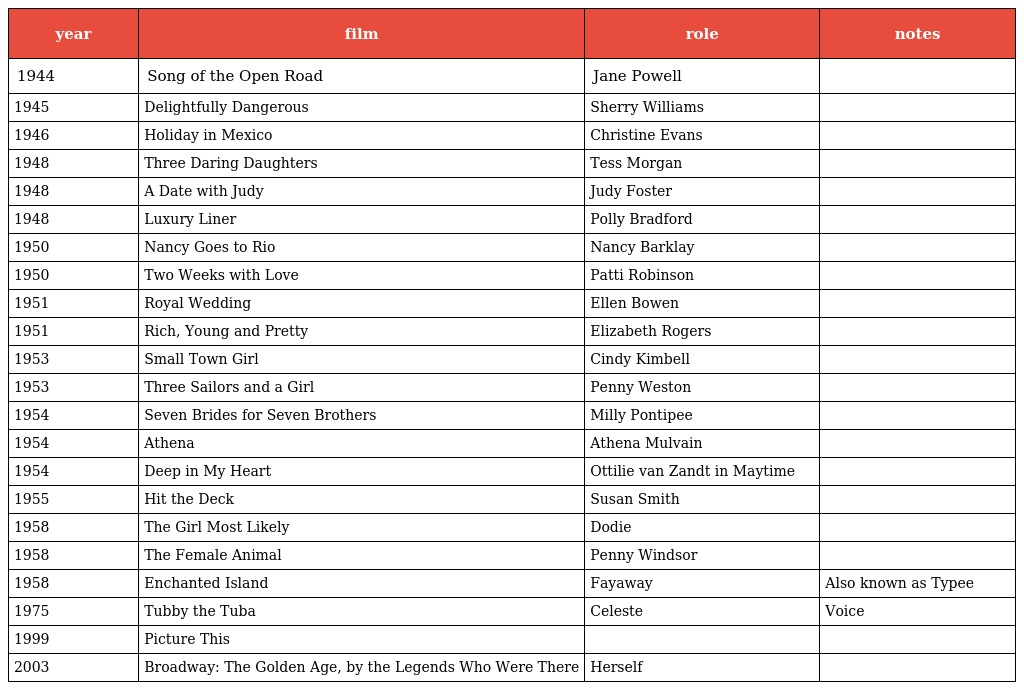
| year | film | role | notes |
 | --- | --- | --- | --- |
 | 1944 | Song of the Open Road | Jane Powell |  |
 | 1945 | Delightfully Dangerous | Sherry Williams |  |
 | 1946 | Holiday in Mexico | Christine Evans |  |
 | 1948 | Three Daring Daughters | Tess Morgan |  |
 | 1948 | A Date with Judy | Judy Foster |  |
 | 1948 | Luxury Liner | Polly Bradford |  |
 | 1950 | Nancy Goes to Rio | Nancy Barklay |  |
 | 1950 | Two Weeks with Love | Patti Robinson |  |
 | 1951 | Royal Wedding | Ellen Bowen |  |
 | 1951 | Rich, Young and Pretty | Elizabeth Rogers |  |
 | 1953 | Small Town Girl | Cindy Kimbell |  |
 | 1953 | Three Sailors and a Girl | Penny Weston |  |
 | 1954 | Seven Brides for Seven Brothers | Milly Pontipee |  |
 | 1954 | Athena | Athena Mulvain |  |
 | 1954 | Deep in My Heart | Ottilie van Zandt in Maytime |  |
 | 1955 | Hit the Deck | Susan Smith |  |
 | 1958 | The Girl Most Likely | Dodie |  |
 | 1958 | The Female Animal | Penny Windsor |  |
 | 1958 | Enchanted Island | Fayaway | Also known as Typee |
 | 1975 | Tubby the Tuba | Celeste | Voice |
 | 1999 | Picture This |  |  |
 | 2003 | Broadway: The Golden Age, by the Legends Who Were There | Herself |  |